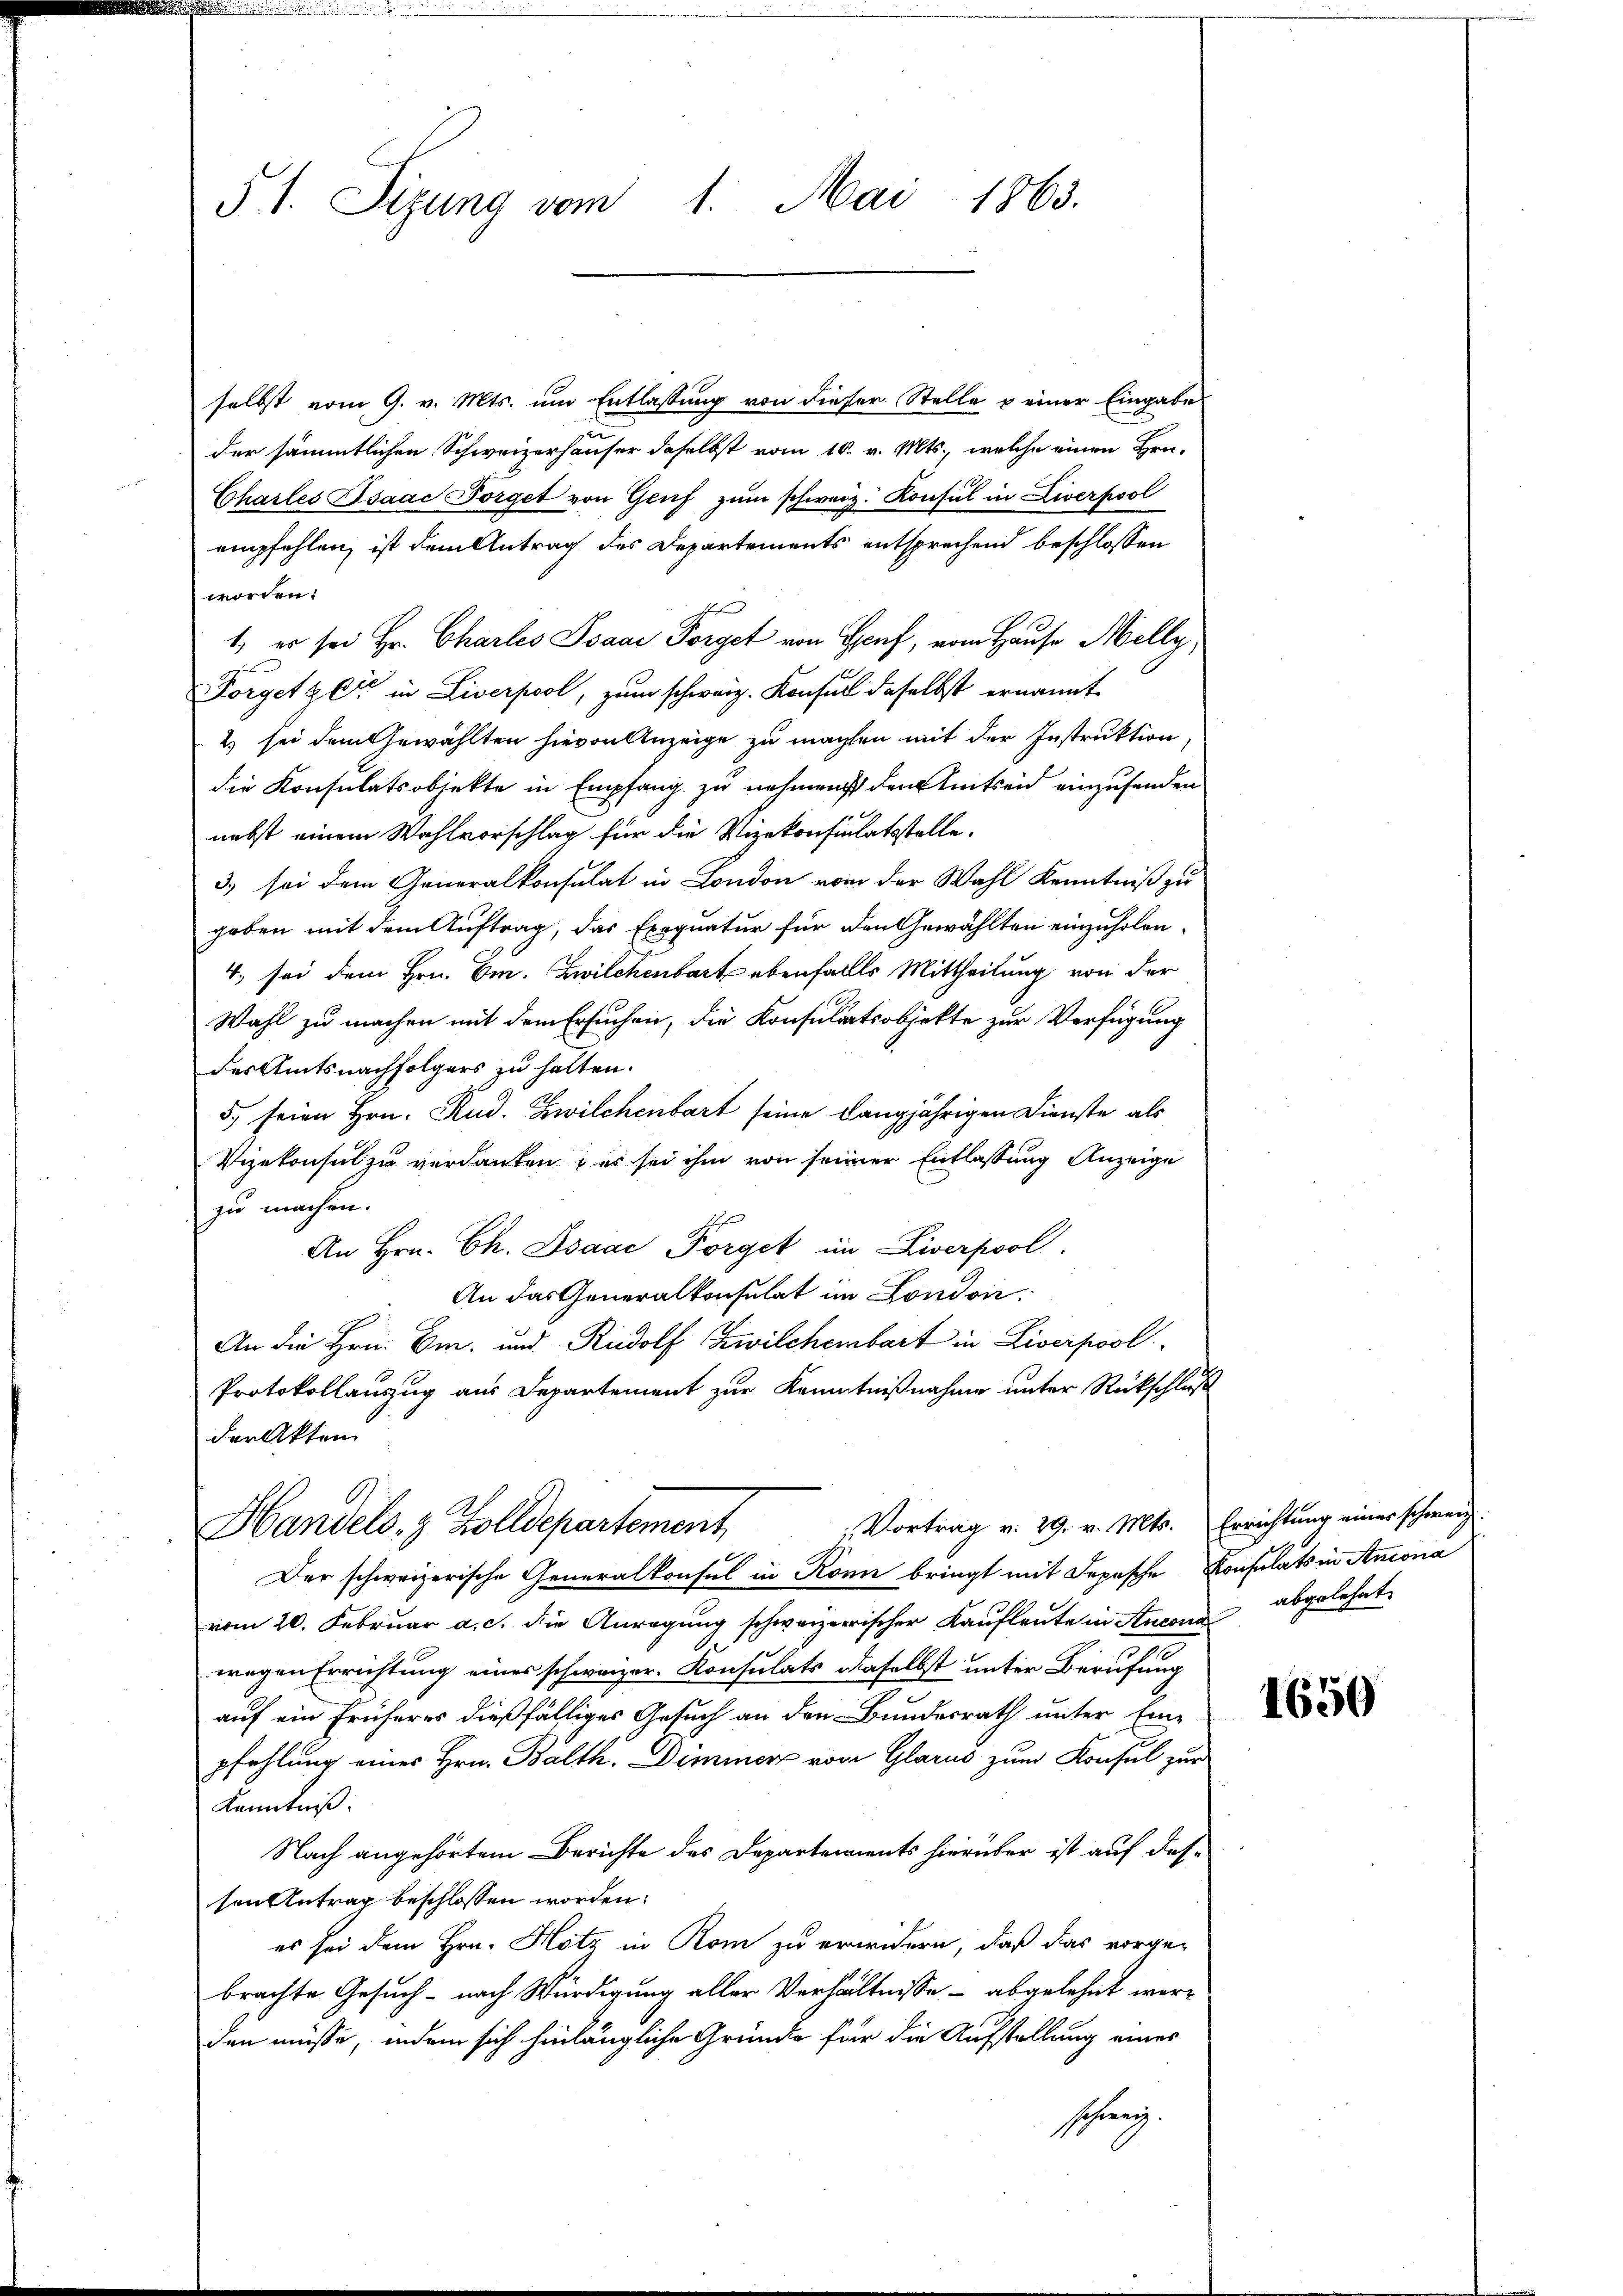
51. Sizung vom 1. Mai 1863.

selbst vom 9. v. Mts. um Entlassung von dieser Stelle u einer Eingabe
der sämmtlichen Schweizerhäuser daselbst vom 10. v. Mts., welche einen Hrn.
Charles Isaac Förget von Genf zum schweiz. Konsul in Liverpool
empfehlen, ist dem Antrag des Departements entsprechend beschlossen
worden:
her
1. es sei Hr. Charles Isaar Sorget von Genf, vom Hause Melly,
e
Forget gere in Liverpool, zum schweiz. Konsul daselbst ernannt
2) sei dem Gewählten hievon Anzeige zu machten mit der Instruktion
die Konsulatsobjekte in Empfang zu nehmen den Amtseid einzusenden
nebst einem Wahlvorschlag für die Vizekonsulatsstelle.
3) sei dem Generalkonsulat in London vom der Wahl Kenntniß zu
geben mit dem Auftrag, das Exequatur für den Gewählten einzuholen.
4. sei dem Hrn. Em. Zwilchenbart ebenfalls Mittheilung von der
Wahl zu machen mit dem Ersuchen, die Konsulatsobjekte zur Verfügung
des Amtsnachfolgers zu halten.
5. seien Hrn. Rud. Zwilchenbart seine langjährigen Dienste als
Vizekonsul zu verdanken, es sei ihm von seiner Entlassung Anzeige
zu machen.
An Hrn. Ch. Isaac Förget im Liverpool.
An das Generalkonsulat im London.
An die Hrn. Em. und Rudolf Zwilchenbart in Liverpool
Protokollauszug aus Departement zur Kenntnißnahme unter Rückschluß
der Akten
 Vortrag v. 29. v. Mts. Errichtung einer schweiz
Handels- & Zolldepartement
Der schweizerische Generalkonsul in Konn bringt mit Depesche Konsulats in Ancona
vom 20. Februar a. c. die Anregung schweizerischer Kaufleute in Sturen abgelehnt.
wegen Errichtung eines schweizer. Konsulats daselbst unter Berufung
auf ein früheres dießfälliges Gesuch an den Bundesrath unter Ein-
pfehlung eines Hrn. Balth. immer vom Glarus zum Konsul zur
Kenntniß.
Nach angehörtem Berichte des Departements hierüber ist auf dessen Antrag beschlossen worden:
es sei dem Hrn. Hotz in Rom zu erwidern, daß das vorge-
brachte Gesuch - nach Würdigung aller Verhältnisse - abgelehnt werden müsse, indem sich hinlängliche Gründe für die Aufstellung eines
schweiz.

1650